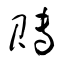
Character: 賻